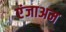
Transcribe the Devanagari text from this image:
एंजाअम